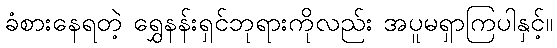
ခံစားနေရတဲ့ ရွှေနန်းရှင်ဘုရားကိုလည်း အပူမရှာကြပါနှင့်။